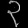
Digit: ၃